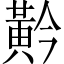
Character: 黅